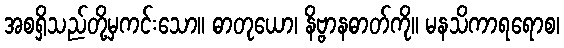
အစရှိသည်တို့မှကင်းသော။ ဓာတုယော၊ နိဗ္ဗာနဓာတ်ကို။ မနသိကာရရောစ၊